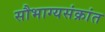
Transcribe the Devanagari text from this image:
सौभाग्यसंक्रांत